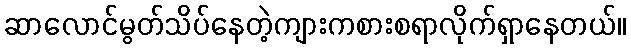
ဆာလောင်မွတ်သိပ်နေတဲ့ကျားကစားစရာလိုက်ရှာနေတယ်။